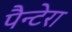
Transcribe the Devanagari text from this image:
पैन्टेरा